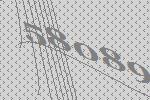
58089